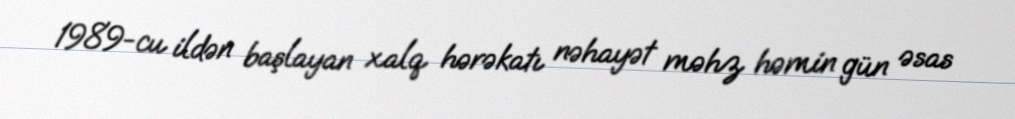
1989-cu ildən başlayan xalq hərəkatı nəhayət məhz həmin gün əsas